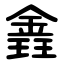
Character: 錱